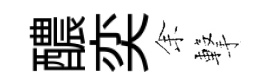
醲奕𪜬撃